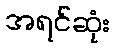
အရင်ဆုံး